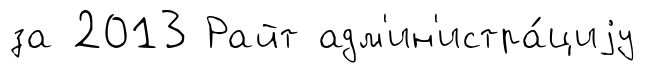
за 2013 Райт адм'ин'истра́циjу